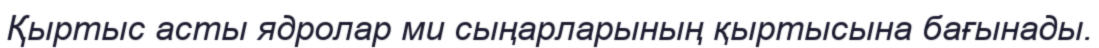
Қыртыс асты ядролар ми сыңарларының қыртысына бағынады.